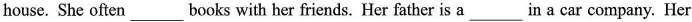
house. She often_______books with her friends. Her father is a_in a car company. Her